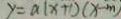
y = a ( x + 1 ) ( x - m )